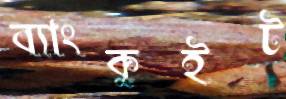
ব্যাংকুইট